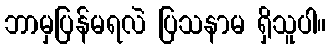
ဘာမှပြန်မရလဲ ပြသနာမ ရှိသူပါ။